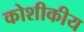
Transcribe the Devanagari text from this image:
कोशीकीय